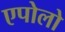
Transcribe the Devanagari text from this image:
एपोलो